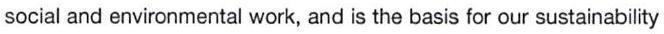
social and environmental work, and is the basis for our sustainability